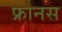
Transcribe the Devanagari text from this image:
फ्रानस